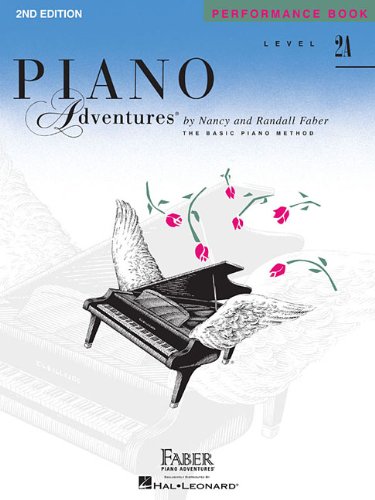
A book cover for Level 2A - Performance Book: Piano Adventures; Humor & Entertainment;